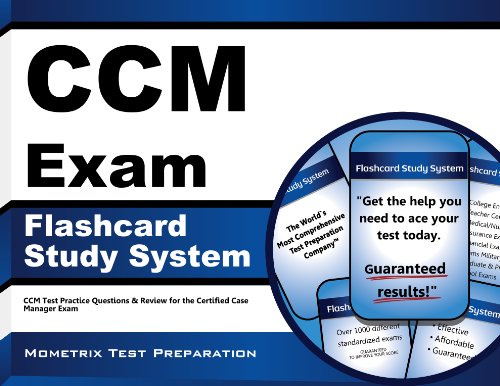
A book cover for CCM Exam Flashcard Study System: CCM Test Practice Questions & Review for the Certified Case Manager Exam (Cards); CCM Exam Secrets Test Prep Team; Education & Teaching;